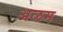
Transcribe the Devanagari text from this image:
अळम